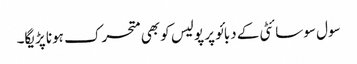
سول سوسائٹی کے دبائو پر پولیس کو بھی متحرک ہونا پڑیگا۔